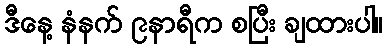
ဒီနေ့ နံနက် ၉နာရီက စပြီး ချထားပါ။